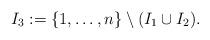
LaTeX: \begin{align*}I_{3}:=\{1,\ldots,n\}\setminus(I_{1}\cup I_{2}).\end{align*}